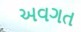
અવગત